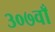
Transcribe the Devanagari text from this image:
३०७वाँ